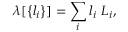
\lambda [ \left\{ l _ { i } \right\} ] = \sum _ { i } l _ { i } \ L _ { i } ,